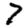
Digit: 7